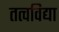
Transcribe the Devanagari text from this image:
तत्वविद्या